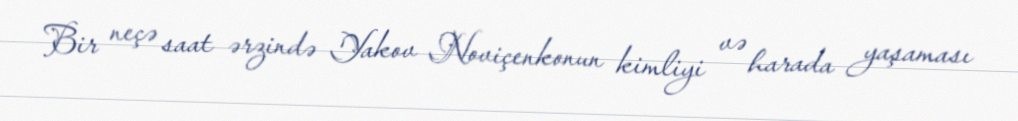
Bir neçə saat ərzində Yakov Noviçenkonun kimliyi və harada yaşaması